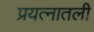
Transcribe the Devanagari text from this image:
प्रयत्नातली